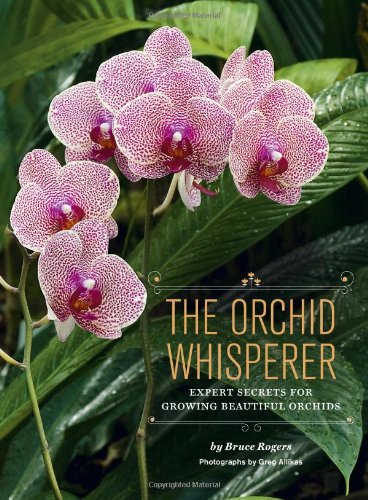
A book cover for The Orchid Whisperer: Expert Secrets for Growing Beautiful Orchids; Bruce Rogers; Crafts, Hobbies & Home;